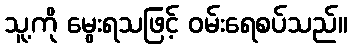
သူ့ကို မွေးရသဖြင့် ဝမ်းရေစပ်သည်။